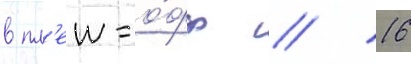
в пл'еи-о́фф // 16